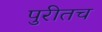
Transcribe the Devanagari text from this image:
पुरीतच